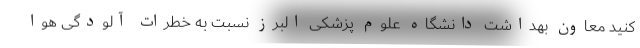
کنید معاون بهداشت دانشگاه علوم پزشکی البرز نسبت به خطرات آلودگی هوا